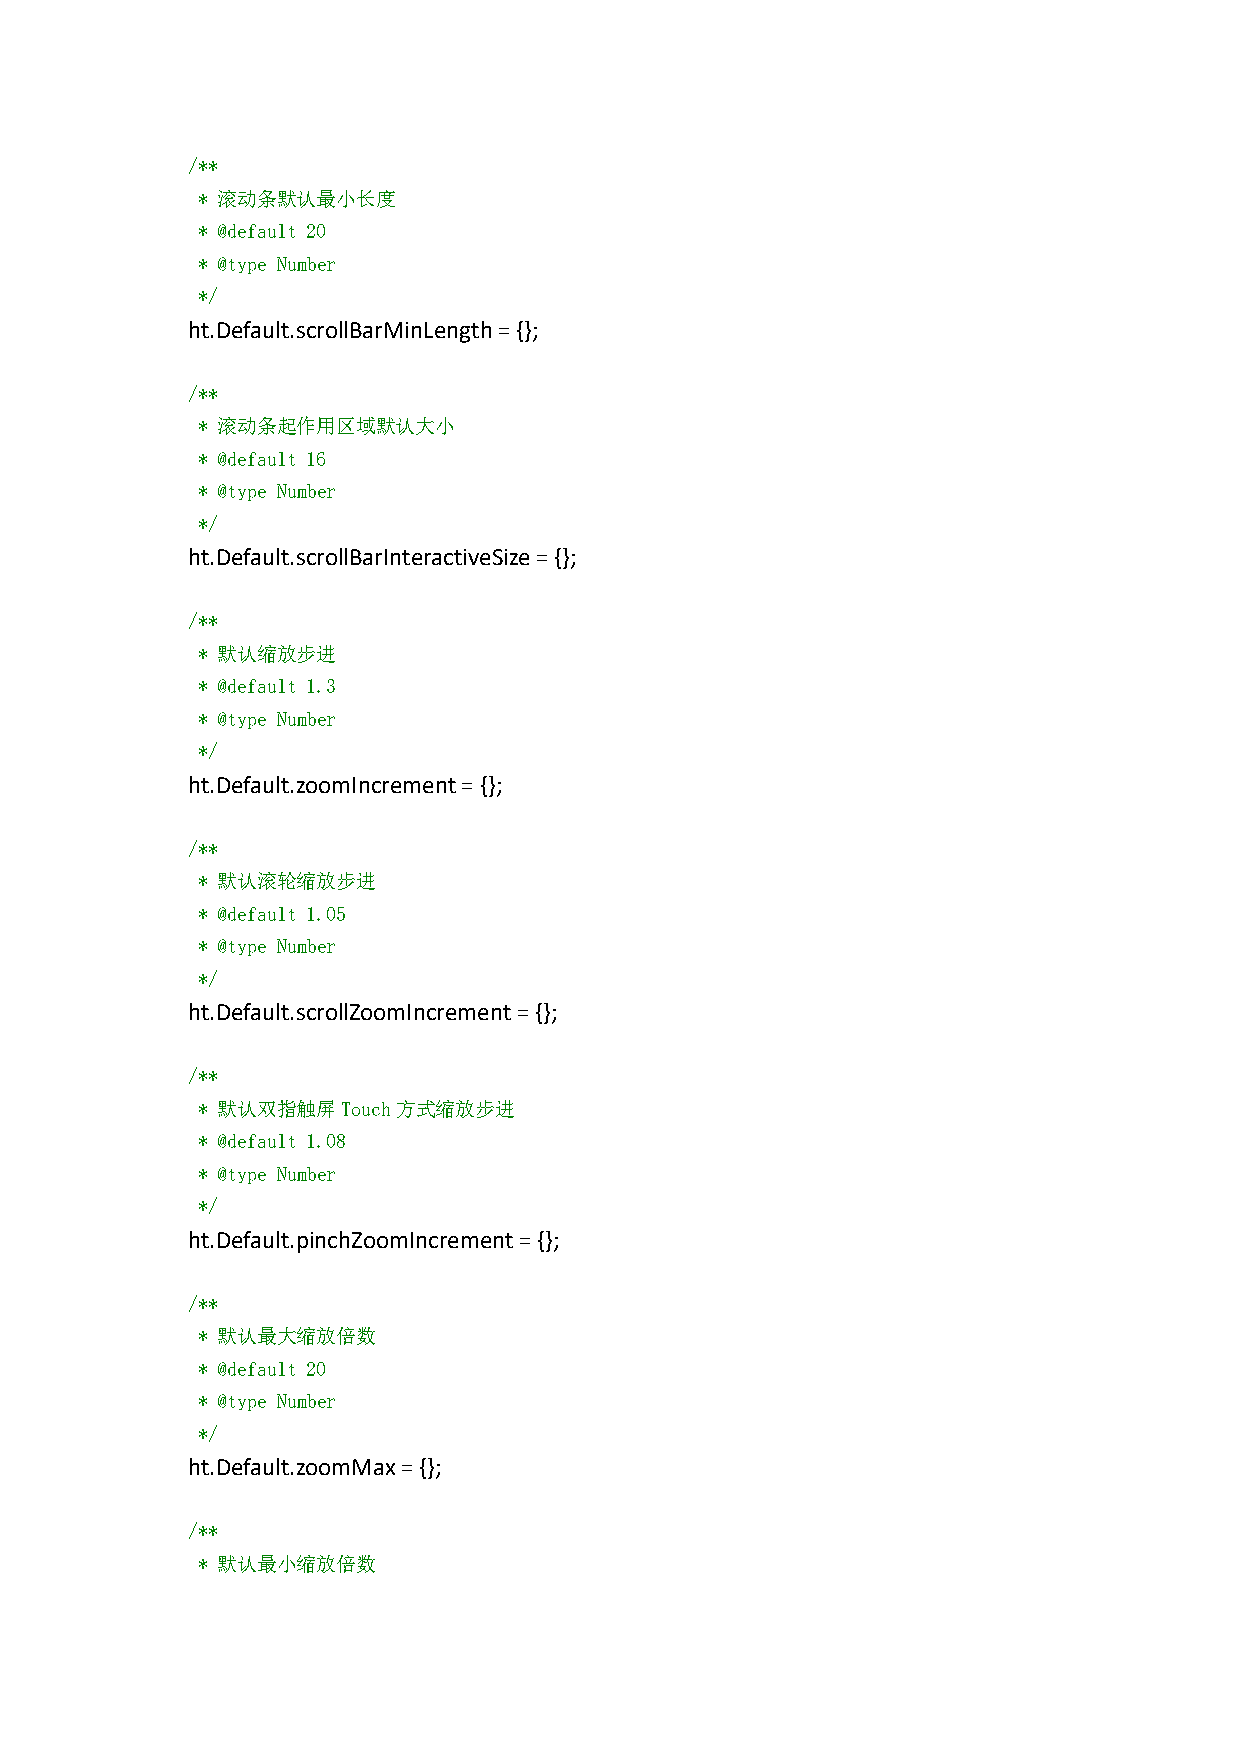
/**
 * 滚动条默认最小长度
 * @default 20
 * @type Number
 */
 ht.Default.scrollBarMinLength={};
 /**
 * 滚动条起作用区域默认大小
 * @default 16
 * @type Number
 */
 ht.Default.scrollBarInteractiveSize={};
 /**
 * 默认缩放步进
 * @default 1.3
 * @type Number
 */
 ht.Default.zoomIncrement={};
 /**
 * 默认滚轮缩放步进
 * @default 1.05
 * @type Number
 */
 ht.Default.scrollZoomIncrement={};
 /**
 * 默认双指触屏Touch方式缩放步进
 * @default 1.08
 * @type Number
 */
 ht.Default.pinchZoomIncrement={};
 /**
 * 默认最大缩放倍数
 * @default 20
 * @type Number
 */
 ht.Default.zoomMax={};
 /**
 * 默认最小缩放倍数